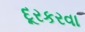
દૂરકરવા